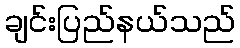
ချင်းပြည်နယ်သည်